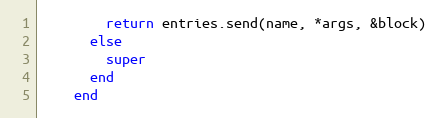
Language: Ruby
        return entries.send(name, *args, &block)
      else
        super
      end
    end